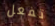
تفعل